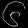
Digit: ၆